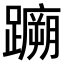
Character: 𫏤